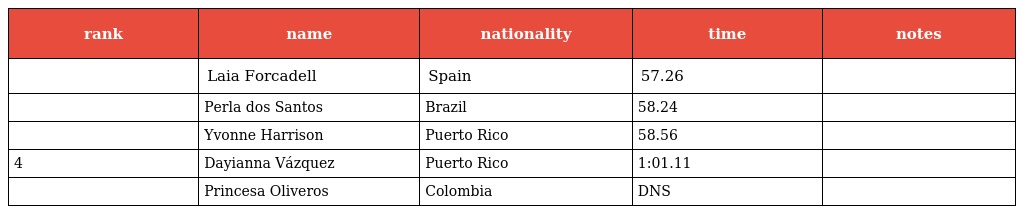
| rank | name | nationality | time | notes |
 | --- | --- | --- | --- | --- |
 |  | Laia Forcadell | Spain | 57.26 |  |
 |  | Perla dos Santos | Brazil | 58.24 |  |
 |  | Yvonne Harrison | Puerto Rico | 58.56 |  |
 | 4 | Dayianna Vázquez | Puerto Rico | 1:01.11 |  |
 |  | Princesa Oliveros | Colombia | DNS |  |